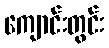
ကျောင်းတွင်း